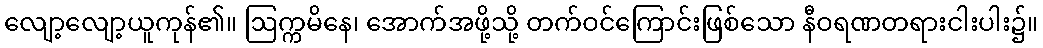
လျော့လျော့ယူကုန်၏။ ဩက္ကမိနေ၊ အောက်အဖို့သို့ တက်ဝင်ကြောင်းဖြစ်သော နီဝရဏတရားငါးပါး၌။